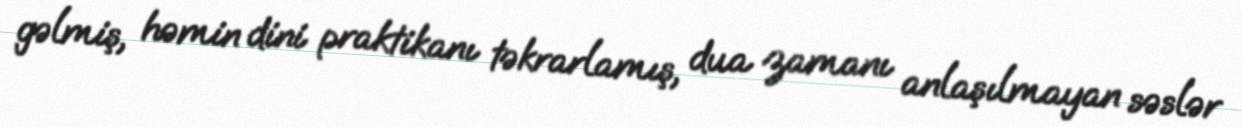
gəlmiş, həmin dini praktikanı təkrarlamış, dua zamanı anlaşılmayan səslər